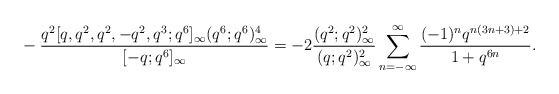
\begin{align*}&-\frac{q^2[q,q^2,q^2,-q^2,q^3;q^6]_\infty(q^6;q^6)^4_\infty}{[-q;q^6]_\infty}=-2\frac{(q^2;q^2)_\infty^2}{(q;q^2)_\infty^2}\sum_{n=-\infty}^\infty \frac{(-1)^nq^{n(3n+3)+2}}{1+q^{6n}}.\end{align*}